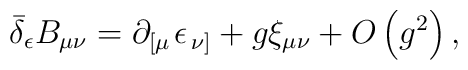
\bar \delta _\epsilon B_{\mu \nu }=\partial _{\left[ \mu \right.}\epsilon _{\left. \nu \right] }+g\xi _{\mu \nu }+O\left( g^2\right) ,